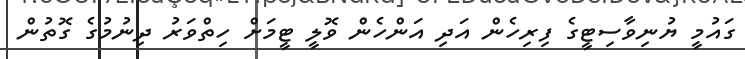
ގައުމީ ޔުނިވާސިޓީގެ ފިރިހެން އަދި އަންހެން ވޮލީ ޓީމަށް ހިތްވަރު ދިނުމުގެ ގޮތުން